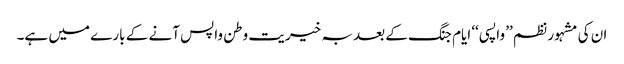
ان کی مشہور نظم ’’ واپسی ‘‘ ایام جنگ کے بعد بہ خیریت وطن واپس آنے کے بارے میں ہے۔